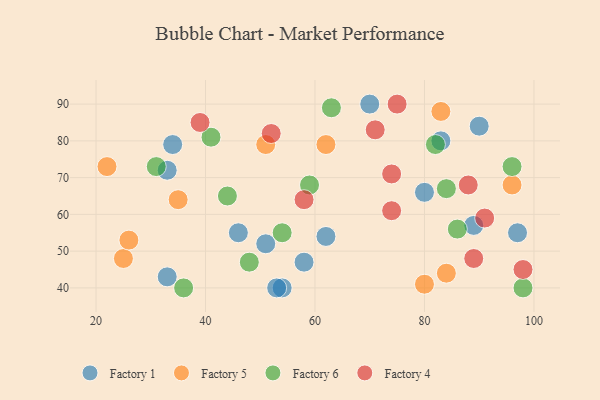
{"axis": {"x": "GDP", "y": "Life Expectancy"}, "legend": ["Factory 1", "Factory 4", "Factory 5", "Factory 6"], "data": [{"x": "90", "y": 84, "type": "Factory 1"}, {"x": "33", "y": 72, "type": "Factory 1"}, {"x": "80", "y": 66, "type": "Factory 1"}, {"x": "70", "y": 90, "type": "Factory 1"}, {"x": "83", "y": 80, "type": "Factory 1"}, {"x": "34", "y": 79, "type": "Factory 1"}, {"x": "54", "y": 40, "type": "Factory 1"}, {"x": "62", "y": 54, "type": "Factory 1"}, {"x": "97", "y": 55, "type": "Factory 1"}, {"x": "53", "y": 40, "type": "Factory 1"}, {"x": "58", "y": 47, "type": "Factory 1"}, {"x": "33", "y": 43, "type": "Factory 1"}, {"x": "89", "y": 57, "type": "Factory 1"}, {"x": "46", "y": 55, "type": "Factory 1"}, {"x": "51", "y": 52, "type": "Factory 1"}, {"x": "84", "y": 44, "type": "Factory 5"}, {"x": "80", "y": 41, "type": "Factory 5"}, {"x": "25", "y": 48, "type": "Factory 5"}, {"x": "83", "y": 88, "type": "Factory 5"}, {"x": "26", "y": 53, "type": "Factory 5"}, {"x": "62", "y": 79, "type": "Factory 5"}, {"x": "35", "y": 64, "type": "Factory 5"}, {"x": "96", "y": 68, "type": "Factory 5"}, {"x": "22", "y": 73, "type": "Factory 5"}, {"x": "51", "y": 79, "type": "Factory 5"}, {"x": "84", "y": 67, "type": "Factory 6"}, {"x": "96", "y": 73, "type": "Factory 6"}, {"x": "44", "y": 65, "type": "Factory 6"}, {"x": "86", "y": 56, "type": "Factory 6"}, {"x": "36", "y": 40, "type": "Factory 6"}, {"x": "59", "y": 68, "type": "Factory 6"}, {"x": "82", "y": 79, "type": "Factory 6"}, {"x": "54", "y": 55, "type": "Factory 6"}, {"x": "41", "y": 81, "type": "Factory 6"}, {"x": "98", "y": 40, "type": "Factory 6"}, {"x": "31", "y": 73, "type": "Factory 6"}, {"x": "48", "y": 47, "type": "Factory 6"}, {"x": "63", "y": 89, "type": "Factory 6"}, {"x": "91", "y": 59, "type": "Factory 4"}, {"x": "75", "y": 90, "type": "Factory 4"}, {"x": "88", "y": 68, "type": "Factory 4"}, {"x": "58", "y": 64, "type": "Factory 4"}, {"x": "74", "y": 61, "type": "Factory 4"}, {"x": "98", "y": 45, "type": "Factory 4"}, {"x": "89", "y": 48, "type": "Factory 4"}, {"x": "71", "y": 83, "type": "Factory 4"}, {"x": "39", "y": 85, "type": "Factory 4"}, {"x": "74", "y": 71, "type": "Factory 4"}, {"x": "52", "y": 82, "type": "Factory 4"}]}